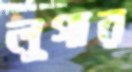
লুগার